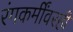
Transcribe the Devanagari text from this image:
रंगकर्मींवरही